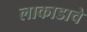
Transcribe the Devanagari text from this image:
लाकाडाचे